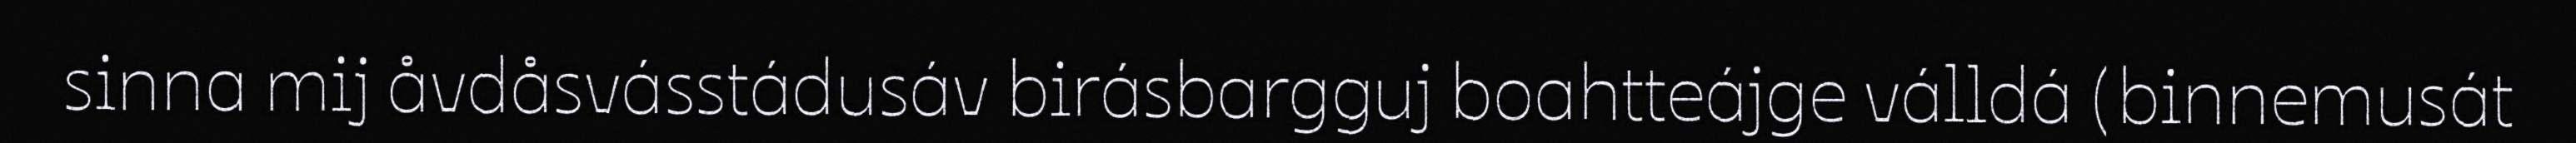
sinna mij åvdåsvásstádusáv birásbargguj boahtteájge válldá (binnemusát